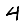
Digit: 4